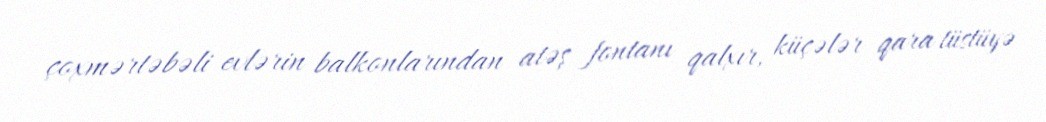
çoxmərtəbəli evlərin balkonlarından atəş fontanı qalxır, küçələr qara tüstüyə